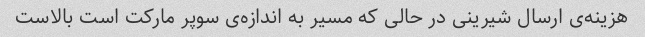
هزینه‌ی ارسال شیرینی در حالی که مسیر به اندازه‌ی سوپر مارکت است بالاست